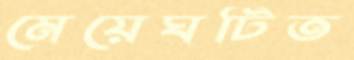
মেয়েঘটিত